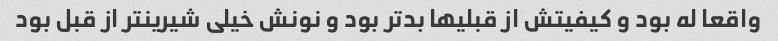
واقعا له بود و کیفیتش از قبلیها بدتر بود و نونش خیلی شیرینتر از قبل بود